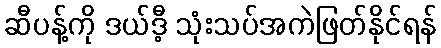
ဆီပန့်ကို ဒယ်ဒီ့ သုံးသပ်အကဲဖြတ်နိုင်ရန်